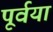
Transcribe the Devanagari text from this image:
पूर्वया